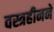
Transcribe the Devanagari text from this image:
वस्त्रहीनने